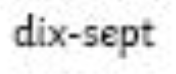
dix-sept